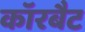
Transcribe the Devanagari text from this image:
कॉरबैट